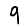
Digit: 9